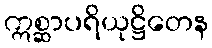
ဣစ္ဆာပရိယုဋ္ဌိတေန